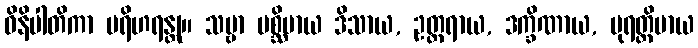
ဝိနိပါတိကာ ပရိဟရန္တု။ သဗ္ဗာ ပစ္ဆိမာယ ဒိသာယ, ဥတ္တရာယ, ဒက္ခိဏာယ, ပုရတ္ထိမာယ